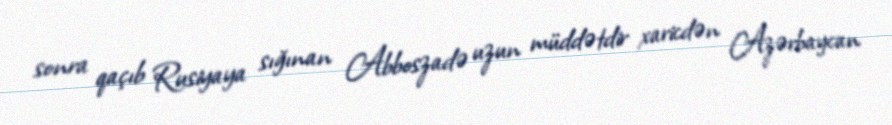
sonra qaçıb Rusiyaya sığınan Abboszadə uzun müddətdir xaricdən Azərbaycan